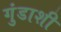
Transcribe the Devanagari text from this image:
गुंडाशी